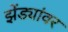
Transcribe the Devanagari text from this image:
झेंड्यांवर